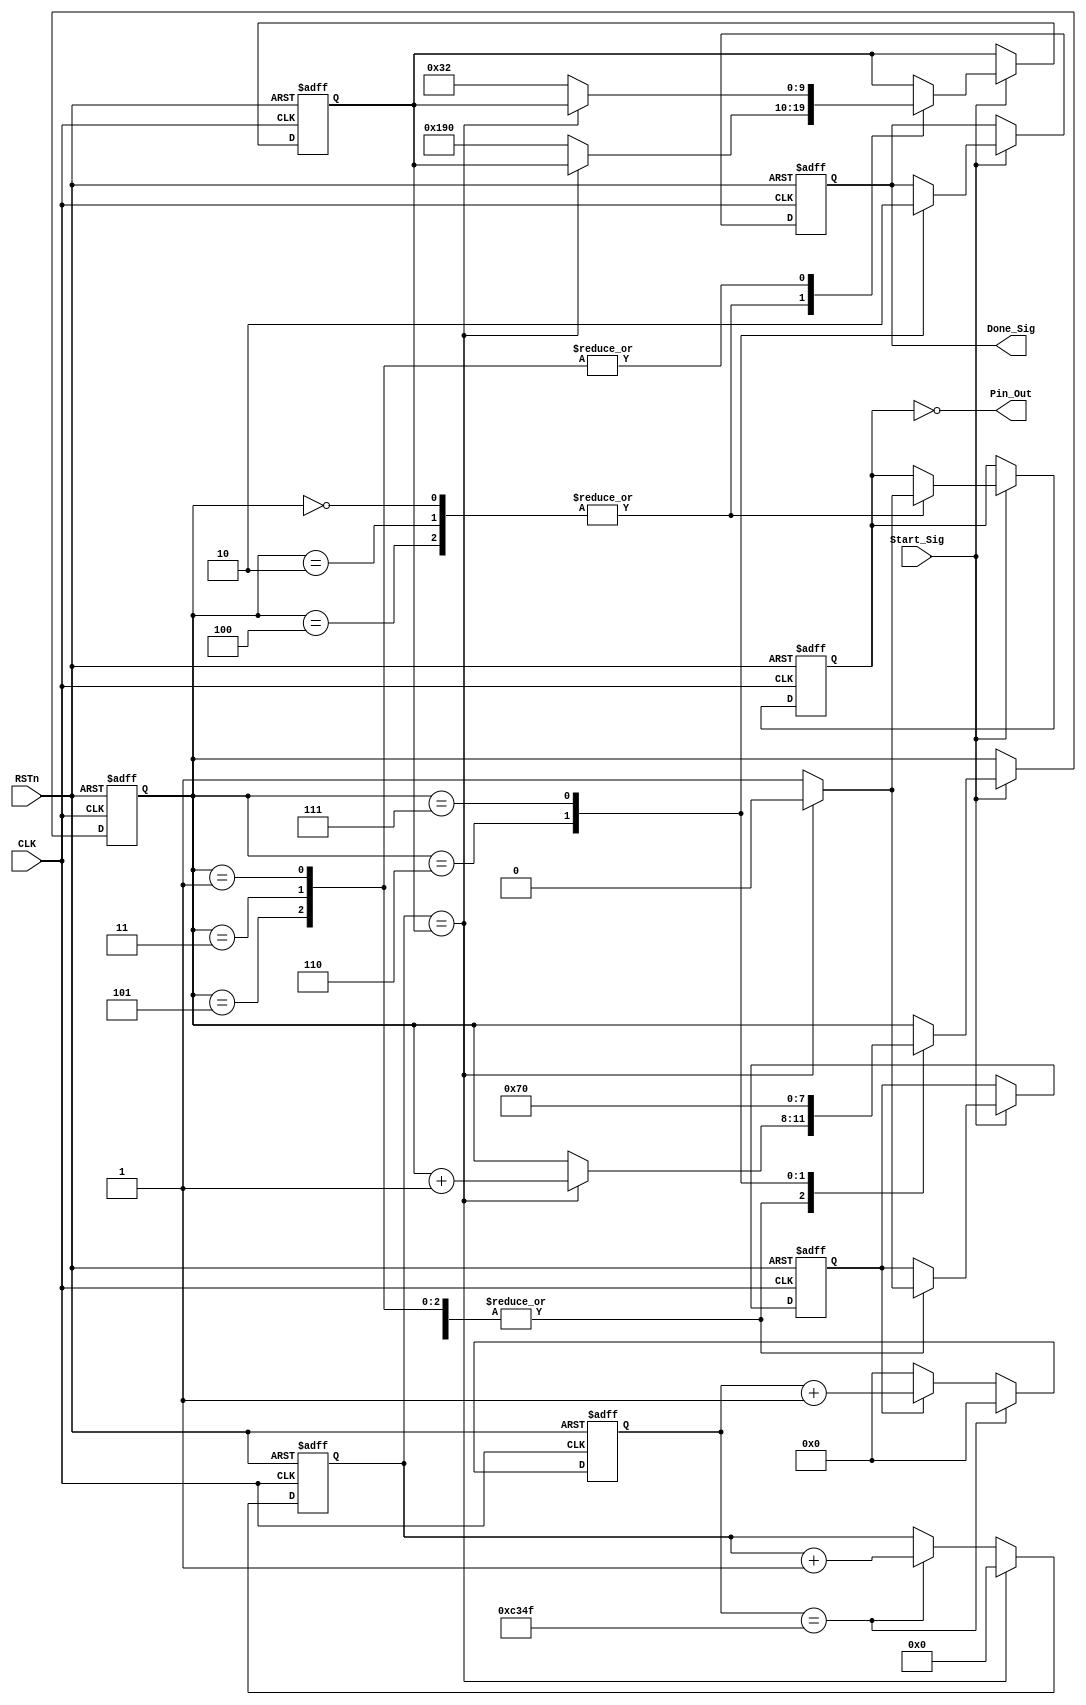
module o_module
(
    CLK, RSTn,
	 Start_Sig,
	 Done_Sig,
	 Pin_Out
);

	input CLK;
	input RSTn;
	input Start_Sig;
	output Done_Sig;
	output Pin_Out;
	  
	  /****************************************/
	 
	 parameter T1MS = 17'd49_999;			//delay 1ms
	 
	 /***************************************/
	 
	 reg [16:0]Count1;

	 always @ ( posedge CLK or negedge RSTn )
	     if( !RSTn )
		      Count1 <= 17'd0;
		  else if( Count1 == T1MS )
		      Count1 <= 17'd0;
		  else if( isCount )
		      Count1 <= Count1 + 1'b1;
		  else if( !isCount )
		      Count1 <= 17'd0;
	
    /****************************************/	
				
    reg [9:0]Count_MS;
	    
	 always @ ( posedge CLK or negedge RSTn )
        if( !RSTn )
		      Count_MS <= 10'd0;
		  else if( Count_MS == rTimes )
		      Count_MS <= 10'd0;
		  else if( Count1 == T1MS )
		      Count_MS <= Count_MS + 1'b1;

	/******************************************/
	
	reg [3:0]i;
	reg rPin_Out;
	reg [9:0]rTimes;
	reg isCount;
	reg isDone;
	
	always @ ( posedge CLK or negedge RSTn )
	    if( !RSTn )
		     begin 
			      i <= 4'd0;
		         rPin_Out <= 1'b0;
					rTimes <= 10'd1000;
				   isCount <= 1'b0;	
				   isDone <= 1'b0;
			  end
		 else if( Start_Sig )
		     case( i )
			  
			      4'd0, 4'd2, 4'd4:
			      if( Count_MS == rTimes ) begin rPin_Out <= 1'b0; isCount <= 1'b0; i <= i + 1'b1; end
				   else begin isCount <= 1'b1; rPin_Out <= 1'b1; rTimes <= 10'd400; end
					
					4'd1, 4'd3, 4'd5:
					if( Count_MS == rTimes ) begin isCount <= 1'b0; i <= i + 1'b1; end
					else  begin isCount <= 1'b1; rTimes <= 10'd50; end
					
					4'd6:
					begin isDone <= 1'b1; i <= 4'd7; end
					
					4'd7:
					begin isDone <= 1'b0; i <= 4'd0; end
					
			  endcase	
	
	/******************************************/
	
	assign Done_Sig = isDone;
	assign Pin_Out = !rPin_Out;
	
	/******************************************/

endmodule